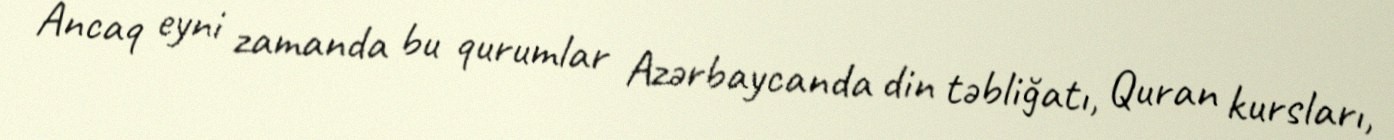
Ancaq eyni zamanda bu qurumlar Azərbaycanda din təbliğatı, Quran kursları,